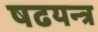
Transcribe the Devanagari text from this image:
षढयन्त्र